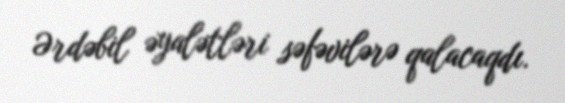
Ərdəbil əyalətləri səfəvilərə qalacaqdı.